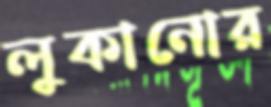
লুকানোর